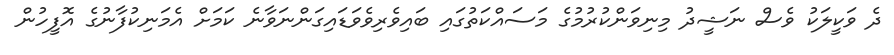
ދެ ވަކީލަކު ވެސް ނަޝީދު މިނިވަންކުރުމުގެ މަސައްކަތުގައި ބައިވެރިވެވަޑައިގަންނަވާނެ ކަމަށް އެމަނިކުފާނުގެ އޮފީހުން